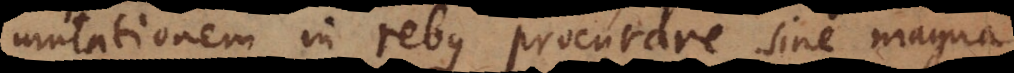
mutationem in rebus procurare sine magna